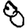
Digit: 8